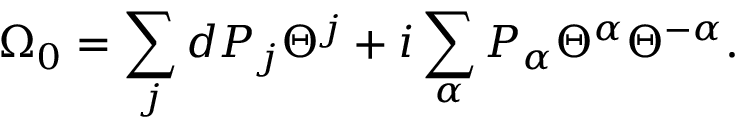
\Omega _ { 0 } = \sum _ { j } d P _ { j } \Theta ^ { j } + i \sum _ { \alpha } P _ { \alpha } \Theta ^ { \alpha } \Theta ^ { - \alpha } .